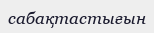
сабақтастығын